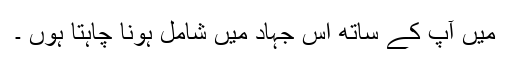
میں آپؐ کے ساتھ اس جہاد میں شامل ہونا چاہتا ہوں ۔